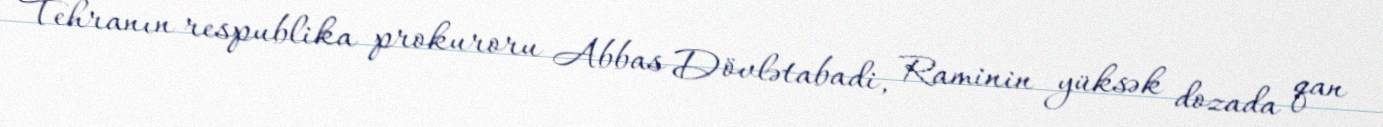
Tehranın respublika prokuroru Abbas Dövlətabadi, Raminin yüksək dozada qan